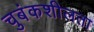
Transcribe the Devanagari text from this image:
चुबंकशीलता